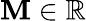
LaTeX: \mathbf{M}\in\mathbb{{R}}